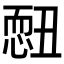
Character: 𢟄